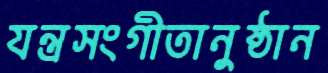
যন্ত্রসংগীতানুষ্ঠান